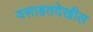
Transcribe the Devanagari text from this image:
वसाहतदेखील